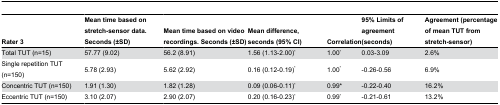
| Rater 3 | Mean time based on stretch-sensor data. Seconds (±SD) | Mean time based on video recordings. Seconds (±SD) | Mean difference, seconds (95% CI) | Correlation | 95% Limits of agreement (seconds) | Agreement (percentage of mean TUT from stretch-sensor) |
 | --- | --- | --- | --- | --- | --- | --- |
 | Total TUT (n=15) | 57.77 (9.02) | 56.2 (8.91) | 1.56 (1.13-2.00)* | 1.00* | 0.03-3.09 | 2.6% |
 | Single repetition TUT (n=150) | 5.78 (2.93) | 5.62 (2.92) | 0.16 (0.12-0.19)* | 1.00* | -0.26-0.56 | 6.9% |
 | Concentric TUT (n=150) | 1.91 (1.30) | 1.82 (1.28) | 0.09 (0.06-0.11)* | 0.99* | -0.22-0.40 | 16.2% |
 | Eccentric TUT (n=150) | 3.10 (2.07) | 2.90 (2.07) | 0.20 (0.16-0.23)* | 0.99* | -0.21-0.61 | 13.2% |